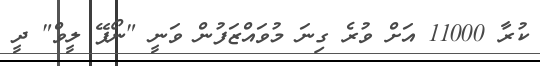
ކުރާ 11000 އަށް ވުރެ ގިނަ މުވައްޒަފުން ވަނީ "ނޯޕޭ ލީވް" ދީ